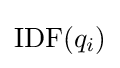
{\text{IDF}}(q_{i})